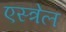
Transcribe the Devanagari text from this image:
एस्त्रेल